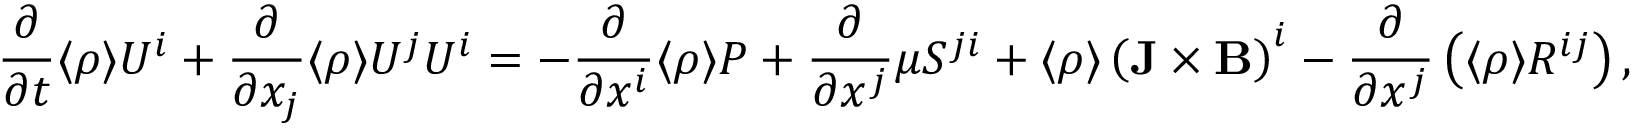
\frac { \partial } { \partial t } \langle { \rho } \rangle U ^ { i } + \frac { \partial } { \partial x _ { j } } \langle { \rho } \rangle U ^ { j } U ^ { i } = - \frac { \partial } { \partial x ^ { i } } \langle { \rho } \rangle P + \frac { \partial } { \partial x ^ { j } } \mu { \cal { S } } ^ { j i } + \langle { \rho } \rangle \left( { { \bf { J } } \times { \bf { B } } } \right) ^ { i } - \frac { \partial } { \partial x ^ { j } } \left( { \langle { \rho } \rangle { \cal { R } } ^ { i j } } \right) ,